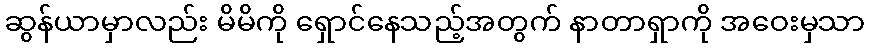
ဆွန်ယာမှာလည်း မိမိကို ရှောင်နေသည့်အတွက် နာတာရှာကို အဝေးမှသာ